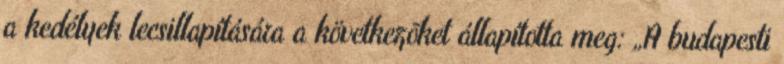
a kedélyek lecsillapítására a következõket állapította meg: „A budapesti